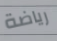
رياضة